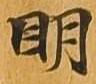
明